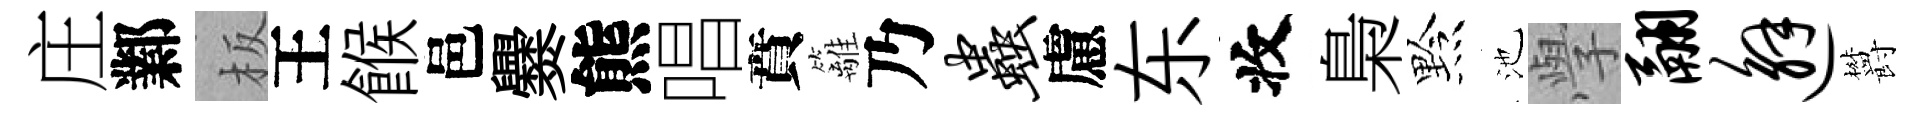
庄鄴板王餱邑爨熊唱賁籬乃虫慮东收梟黔池𭓕翮邂欝